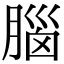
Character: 腦